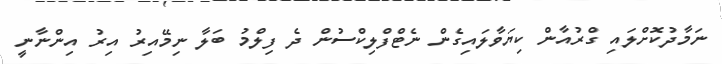
ނަމާދުކޮށްލައި ގްރުއާން ކިޔަވާލައިގެން ނެޓްފްލިކްސުން ދެ ފިލްމު ބަލާ ނިމޭއިރު އިރު އިންނާނީ